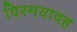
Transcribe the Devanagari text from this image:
विस्मयावह